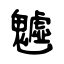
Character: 魖